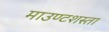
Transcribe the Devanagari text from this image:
माउण्टशस्ता